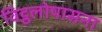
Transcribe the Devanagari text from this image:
विट्ठलोपासना